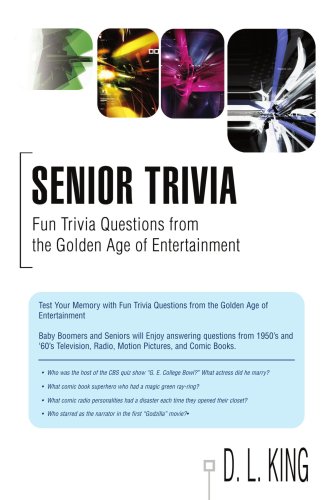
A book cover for Senior Trivia: Fun Trivia Questions from the Golden Age of Entertainment; D King; Humor & Entertainment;